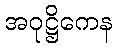
အဝုဋ္ဌိကေန